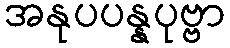
အနုပပန္နပုဗ္ဗာ